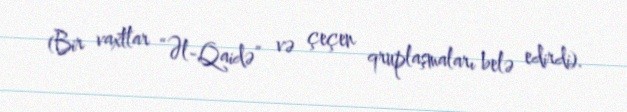
(Bir vaxtlar “Əl-Qaidə” və çeçen qruplaşmaları belə edirdi).